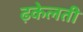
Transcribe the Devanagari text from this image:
ढ़केलती